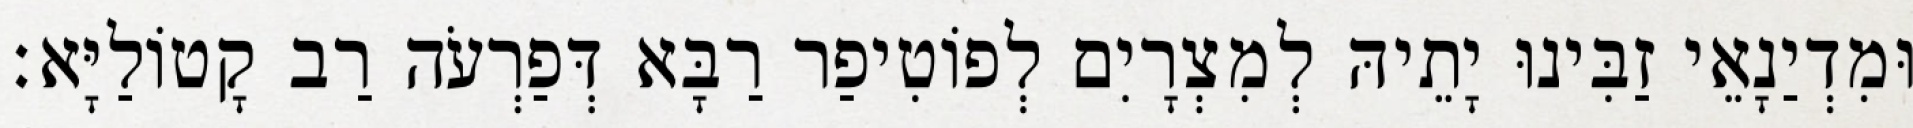
וּמִדְיַנָאֵי זַבִּינוּ יָתֵיהּ לְמִצְרָיִם לְפוֹטִיפַר רַבָּא דְּפַרְעֹה רַב קָטוֹלַיָּא׃